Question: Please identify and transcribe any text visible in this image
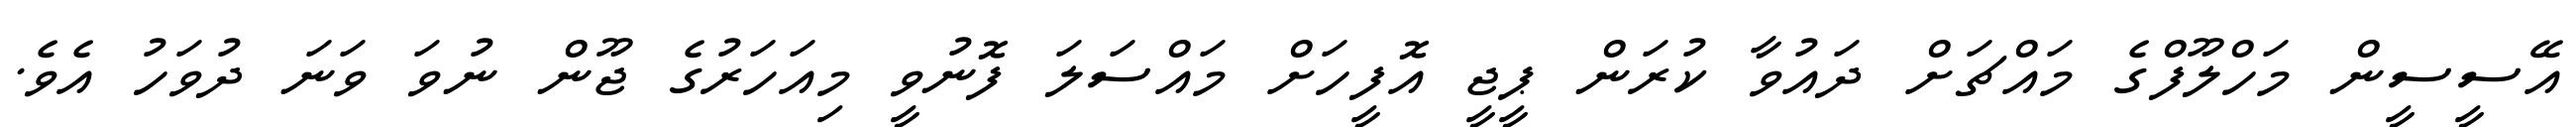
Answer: އޭސީސީން މަހްލޫފްގެ މައްޗަށް ދައުވާ ކުރަން ޕީޖީ އޮފީހަށް މައްސަލަ ފޮނުވީ މިއަހަރުގެ ޖޫން ނުވަ ވަނަ ދުވަހު އެވެ.